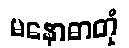
မနောဓာတုံ